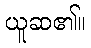
ယူဆ၏။